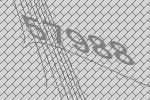
57988